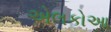
એલકોઆ